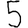
Digit: 5